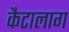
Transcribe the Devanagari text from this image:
कैटालाग